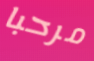
مرحبا